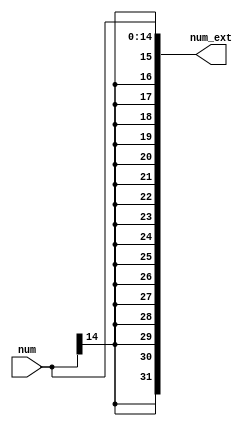
`timescale 1ns / 1ps
//////////////////////////////////////////////////////////////////////////////////
// Company: 
// Engineer: 
// 
// Design Name: 
// Module Name: Sign_Extender
// Project Name: 
// Target Devices: 
// Tool Versions: 
// Description: 
// 
// Dependencies: 
// 
// Revision:
// Revision 0.01 - File Created
// Additional Comments:
// 
//////////////////////////////////////////////////////////////////////////////////


module Sign_Extender(
    input [14:0] num,
    output [31:0] num_ext
);
  
    assign num_ext = {{17{num[14]}}, num};

endmodule